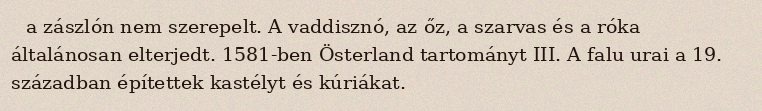
a zászlón nem szerepelt. A vaddisznó, az őz, a szarvas és a róka általánosan elterjedt. 1581-ben Österland tartományt III. A falu urai a 19. században építettek kastélyt és kúriákat.